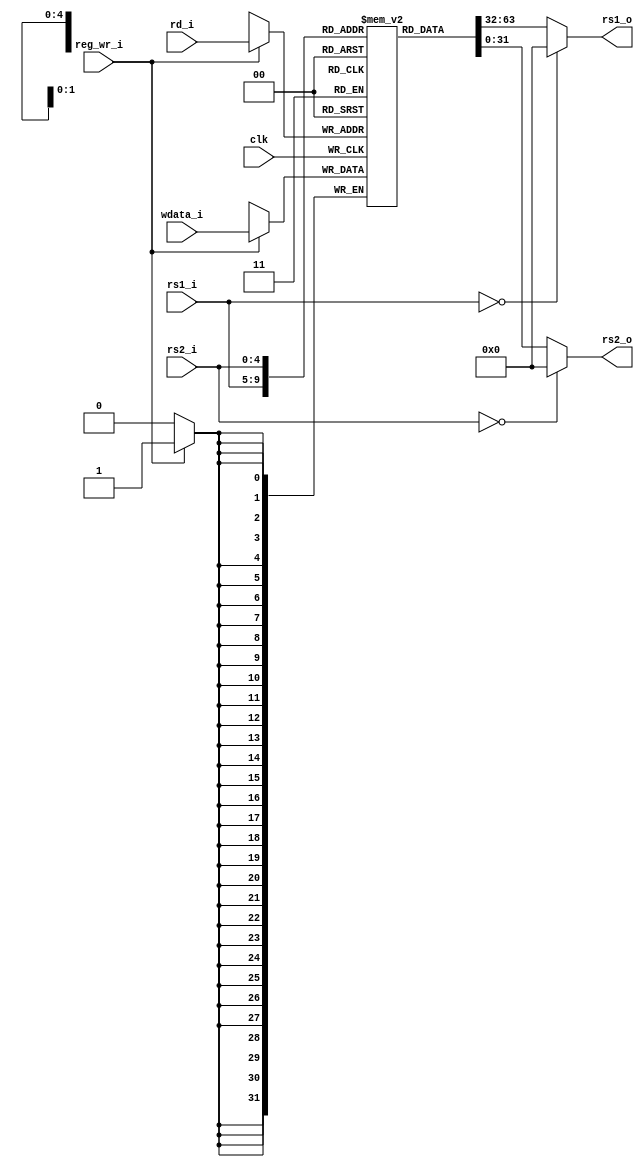
/**/
/*
(.clk(), .rs1_i(), .rs2_i(), .rd_i(), .reg_wr_i(), .wdata_i(), .rs1_o(), .rs2_o())
*/
`timescale 1ns / 1ps

module regfile(
    input wire        clk,
    input wire[4:0]   rs1_i,    // rs1
    input wire[4:0]   rs2_i,    // rs2
    input wire[4:0]   rd_i,     // rd
    input wire        reg_wr_i, // reg
    input wire[31:0]  wdata_i,  // 
    
    output wire[31:0] rs1_o,    // rs1
    output wire[31:0] rs2_o     // rs2
    );
    
    reg[31:0] gpr[31:0];
    
    assign rs1_o = (rs1_i == 0) ? 32'h00000000 : gpr[rs1_i];
    assign rs2_o = (rs2_i == 0) ? 32'h00000000 : gpr[rs2_i];
    
    always @ (posedge clk) begin
        if (reg_wr_i) begin
            gpr[rd_i] <= wdata_i;
        end
    end
    
endmodule